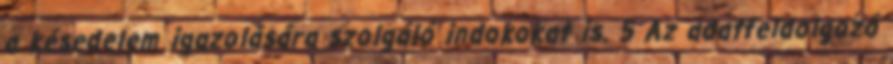
a késedelem igazolására szolgáló indokokat is. 5 Az adatfeldolgozó